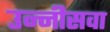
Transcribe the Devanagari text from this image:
उन्नीसवा